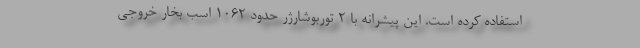
استفاده کرده است. این پیشرانه با 2 توربوشارژر حدود 1062 اسب بخار خروجی